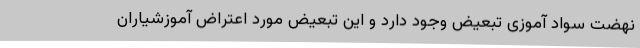
نهضت سواد آموزی تبعیض وجود دارد و این تبعیض مورد اعتراض آموزشیاران